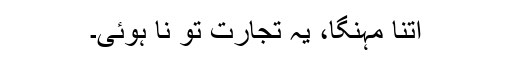
اتنا مہنگا، یہ تجارت تو نا ہوئی۔